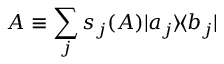
A \equiv \sum _ { j } s _ { j } ( A ) | a _ { j } \rangle \! \langle b _ { j } |